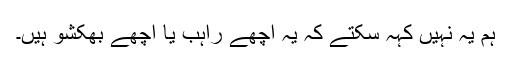
ہم یہ نہیں کہہ سکتے کہ یہ اچھے راہب یا اچھے بھکشو ہیں۔